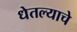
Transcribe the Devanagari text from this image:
धेतल्याचे